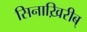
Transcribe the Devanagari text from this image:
सिनाख़िरीब्